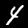
Digit: 4